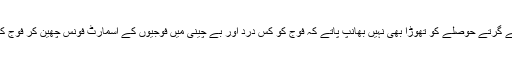
لیکن وزیر اعظم نریندر مودی اپنے ہی ملک کی فوج کے گرتے حوصلے کو تھوڑا بھی نہیں بھانپ پاتے کہ فوج کو کس درد اور بے چینی میں فوجیوں کے اسمارٹ فونس چھین کر فوج کی چہار دیواری سے باہر پھینک دینے کا فیصلہ لینا پڑا۔